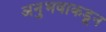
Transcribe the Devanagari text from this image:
अनुभवाकडून